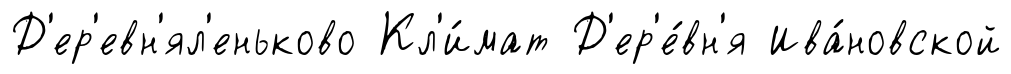
Д'ер'евн'ял'еньково Кл'и́мат Д'ер'е́вн'я Ива́новской